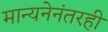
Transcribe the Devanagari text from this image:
मान्यनेनंतरही